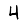
Digit: 4